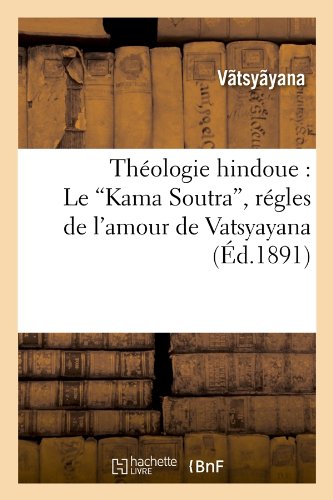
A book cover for Theologie Hindoue: Le Kama Soutra, Regles de L'Amour de Vatsyayana (Ed.1891) (Religion) (French Edition); Vatsyayana; Religion & Spirituality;